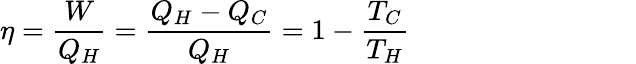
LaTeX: \eta={\frac{W}{Q_{H}}}={\frac{Q_{H}-Q_{C}}{Q_{H}}}=1-{\frac{T_{C}}{T_{H}}}\quad\quad\quad\quad\quad\quad\quad\quad